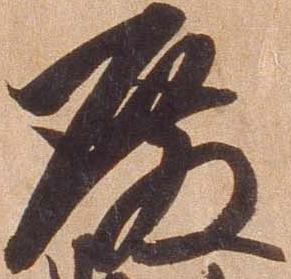
殿